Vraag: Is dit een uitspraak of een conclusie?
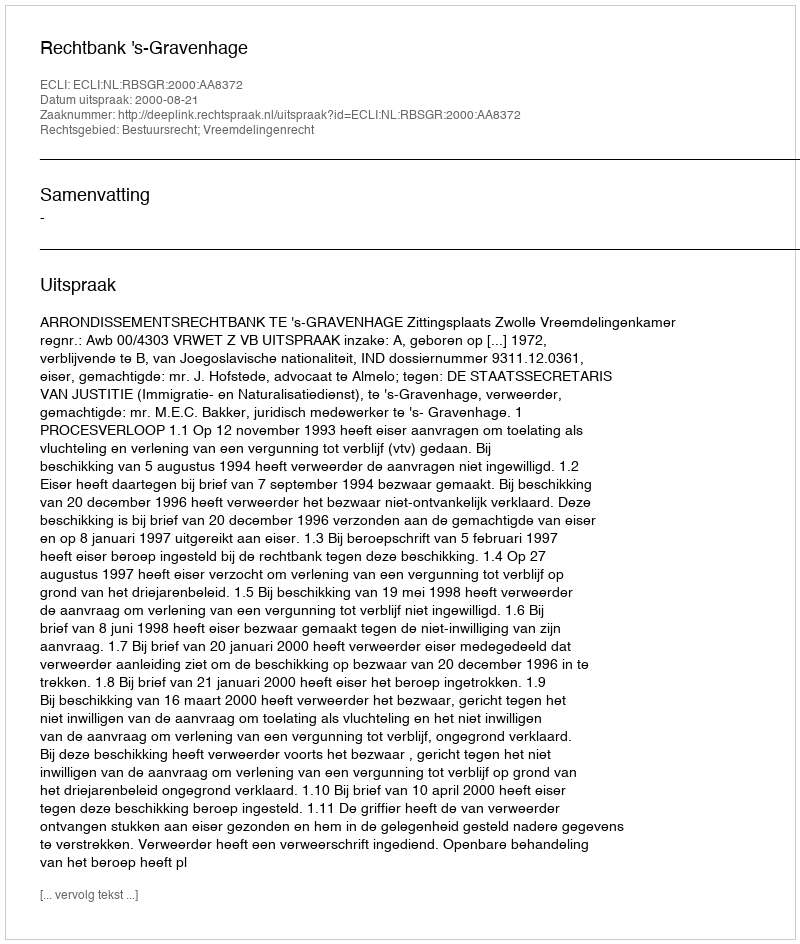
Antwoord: Uitspraak